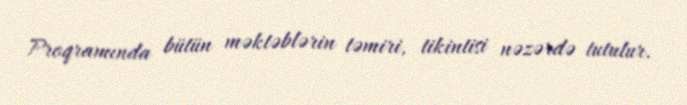
Proqramında bütün məktəblərin təmiri, tikintisi nəzərdə tutulur.